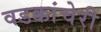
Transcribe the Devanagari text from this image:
वडक्कांचेरी